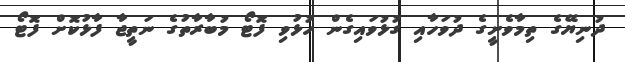
ދުނިޔޭގެ ތިމާވެށީގެ ދުވަހާއި ގުޅުވައިގެން ހުޅުވި ފޮޓޯ މުބާރާތުގެ ނަތީޖާ ފާޅުކޮށް ފޮޓޯ